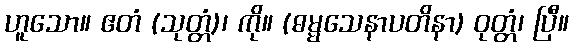
ဟူသော။ ဧတံ (သုတ္တံ)၊ ကို။ (ဓမ္မသေနာပတိနာ) ဝုတ္တံ၊ ပြီ။